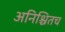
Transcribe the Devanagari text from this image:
अनिश्चितच